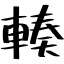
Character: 輳